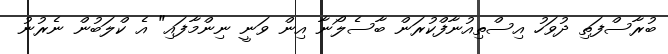
ބުރާސްފަތި ދުވަހު އިސްތިއުނާފްކުރަން ބާސެލޯނާ އިން ވަނީ ނިންމާފައި" އެ ކްލަބުން ނެރުނު